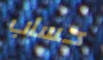
حساب